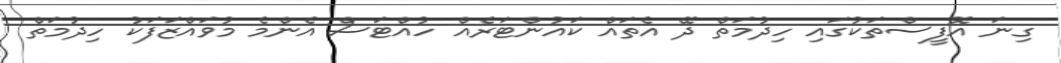
ގިނަ އޮފީސްތަކުގައި ހިދުމަތް ދޭ އެތައް ކައުންޓަރެއް ހުއްޓަސް އެންމެ މުވައްޒަފަކު ހިދުމަތް